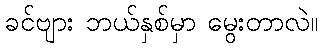
ခင်ဗျား ဘယ်နှစ်မှာ မွေးတာလဲ။